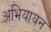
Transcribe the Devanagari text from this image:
अभियायन